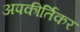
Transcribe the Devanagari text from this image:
अपकीर्तिकर